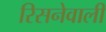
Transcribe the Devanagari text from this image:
रिसनेवाली